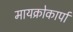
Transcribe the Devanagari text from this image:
मायक्रोकार्पा